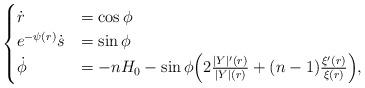
LaTeX: \begin{align*}\begin{cases}\dot r & = \cos \phi \\e^{-\psi (r)}\dot s & =\sin \phi\\\dot \phi & = -nH_0 - \sin \phi \Big(2\frac{|Y|'(r)}{|Y|(r)}+(n-1)\frac{\xi'(r)}{\xi(r)}\Big),\end{cases}\end{align*}